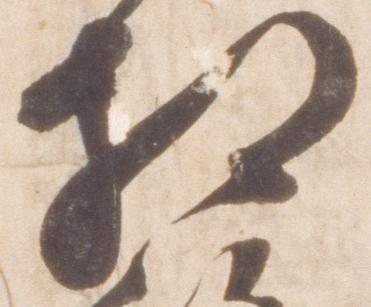
相